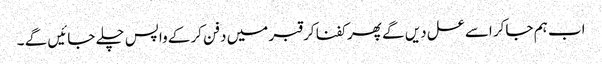
اب ہم جاکر اسے عسل دیں گے پھر کفنا کر قبر میں دفن کرکے واپس چلے جائیں گے ۔